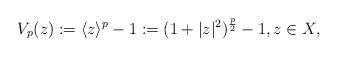
LaTeX: \begin{align*}V_{p}(z):=\langle z\rangle^{p}-1:=(1+|z|^{2})^{\frac{p}{2}}-1,z\in X,\end{align*}